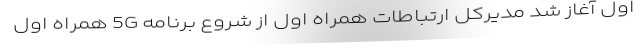
اول آغاز شد مدیرکل ارتباطات همراه اول از شروع برنامه 5G همراه اول